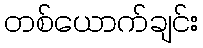
တစ်ယောက်ချင်း